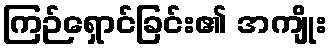
ကြဉ်ရှောင်ခြင်း၏ အကျိုး